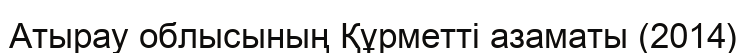
Атырау облысының Құрметті азаматы (2014)